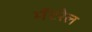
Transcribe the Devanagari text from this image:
मॅटरेल